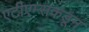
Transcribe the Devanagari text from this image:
एटीएम्सकडून